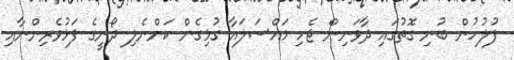
ފުލުހުން ބުނި ގޮތުގައި ދާވަނިން ޖެހި މައްސަލައާ ގުޅިގެން ކަންނެލި ދޯނީގެ ފަޅުވެރިންނާއި